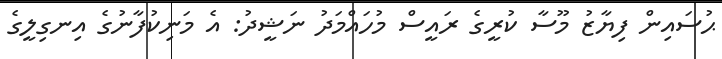
ޙުސައިން ފިޔާޒު މޫސާ ކުރީގެ ރައީސް މުހައްމަދު ނަޝީދު: އެ މަނިކުފާނުގެ އިނގިލީގެ